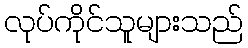
လုပ်ကိုင်သူများသည်